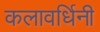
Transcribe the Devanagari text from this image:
कलावर्धिनी